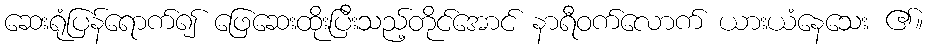
ဆေးရုံပြန်ရောက်၍ ဖြေဆေးထိုးပြီးသည့်တိုင်အောင် နာရီဝက်လောက် ယားယံနေသေး ၏။